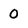
Character: 0